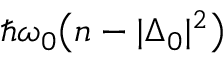
\hbar \omega _ { 0 } \big ( n - | \Delta _ { 0 } | ^ { 2 } \big )